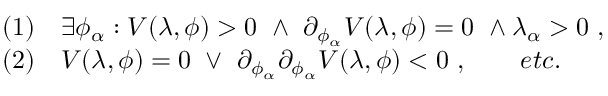
\begin{array} { r l } & { ( 1 ) \quad \exists \phi _ { \alpha } : V ( \lambda , \phi ) > 0 \ \land \ \partial _ { \phi _ { \alpha } } V ( \lambda , \phi ) = 0 \ \land \lambda _ { \alpha } > 0 \ , } \\ & { ( 2 ) \quad V ( \lambda , \phi ) = 0 \ \lor \ \partial _ { \phi _ { \alpha } } \partial _ { \phi _ { \alpha } } V ( \lambda , \phi ) < 0 \ , \qquad e t c . } \end{array}